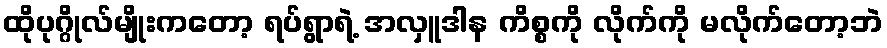
ထိုပုဂ္ဂိုလ်မျိုးကတော့ ရပ်ရွာရဲ့ အလှူဒါန ကိစ္စကို လိုက်ကို မလိုက်တော့ဘဲ